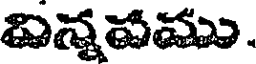
ఐన్నవము.